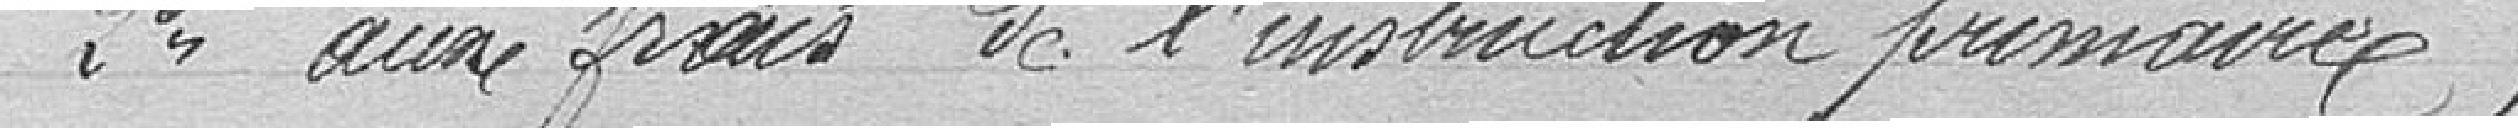
2° aux frais de l'instruction primaire,